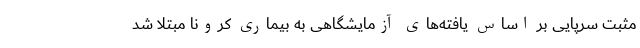
مثبت سرپایی بر اساس یافته‌های آزمایشگاهی به بیماری کرونا مبتلا شد